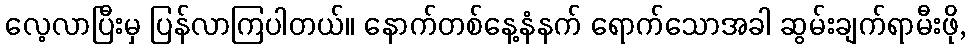
လေ့လာပြီးမှ ပြန်လာကြပါတယ်။ နောက်တစ်နေ့နံနက် ရောက်သောအခါ ဆွမ်းချက်ရာမီးဖို,